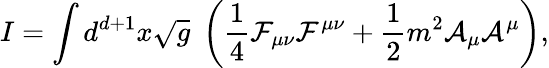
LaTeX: I=\int d^{d+1}x\sqrt g\; \left({\frac{1}{4}}{\cal F}_{\mu\nu}{\cal F}^{\mu\nu}+{\frac{1}{2}}m^{2}{\cal A}_{\mu}{\cal A}^{\mu}\right),